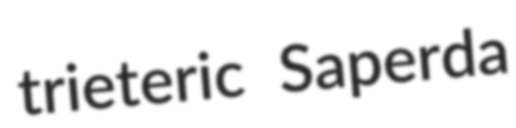
trieteric Saperda